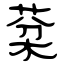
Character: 棻